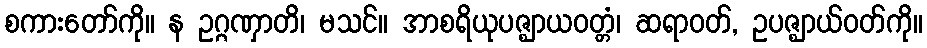
စကားတော်ကို။ န ဥဂ္ဂဏှာတိ၊ မသင်။ အာစရိယုပဇ္ဈာယဝတ္တံ၊ ဆရာဝတ်, ဥပဇ္ဈာယ်ဝတ်ကို။